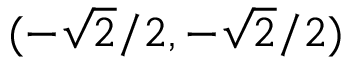
( - { \sqrt { 2 } } / 2 , - { \sqrt { 2 } } / 2 )